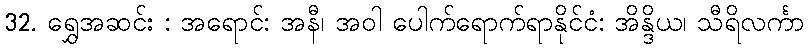
32. ရွှေအဆင်း : အရောင်: အနီ၊ အဝါ ပေါက်ရောက်ရာနိုင်ငံ: အိန္ဒိယ၊ သီရိလင်္ကာ